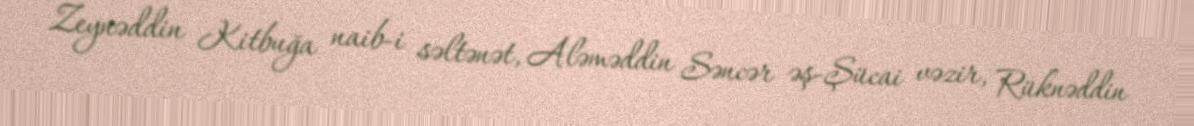
Zeynəddin Kitbuğa naib-i səltənət, Aləməddin Səncər əş-Şücai vəzir, Rüknəddin